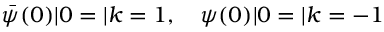
{ \bar { \psi } } ( 0 ) | 0 = | k = 1 , \quad \psi ( 0 ) | 0 = | k = - 1